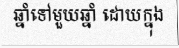
ឆ្នាំទៅមួយឆ្នាំ ដោយក្នុង